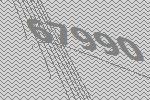
67990